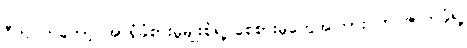
ဂီတ ကတော့ အာရုံခံစားမှုမျိုးစုံရဲ့ စေစားမှုတွေအကြား ဘဝဇာတ်ခုံရဲ့